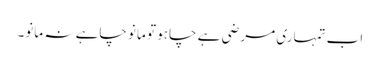
اب تمہاری مرضی ہے چاہو تو مانو چاہے نہ مانو۔